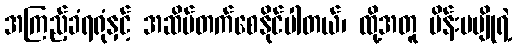
အကြည့်ခံရရုံနှင့် အဆိပ်တက်စေနိုင်ပါတယ်၊ ထို့အတူ မိန်းမပျိုရဲ့